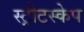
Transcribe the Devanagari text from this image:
स्ट्रीटस्केप